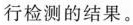
行检测的结果。